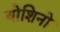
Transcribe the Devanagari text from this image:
योशिनो